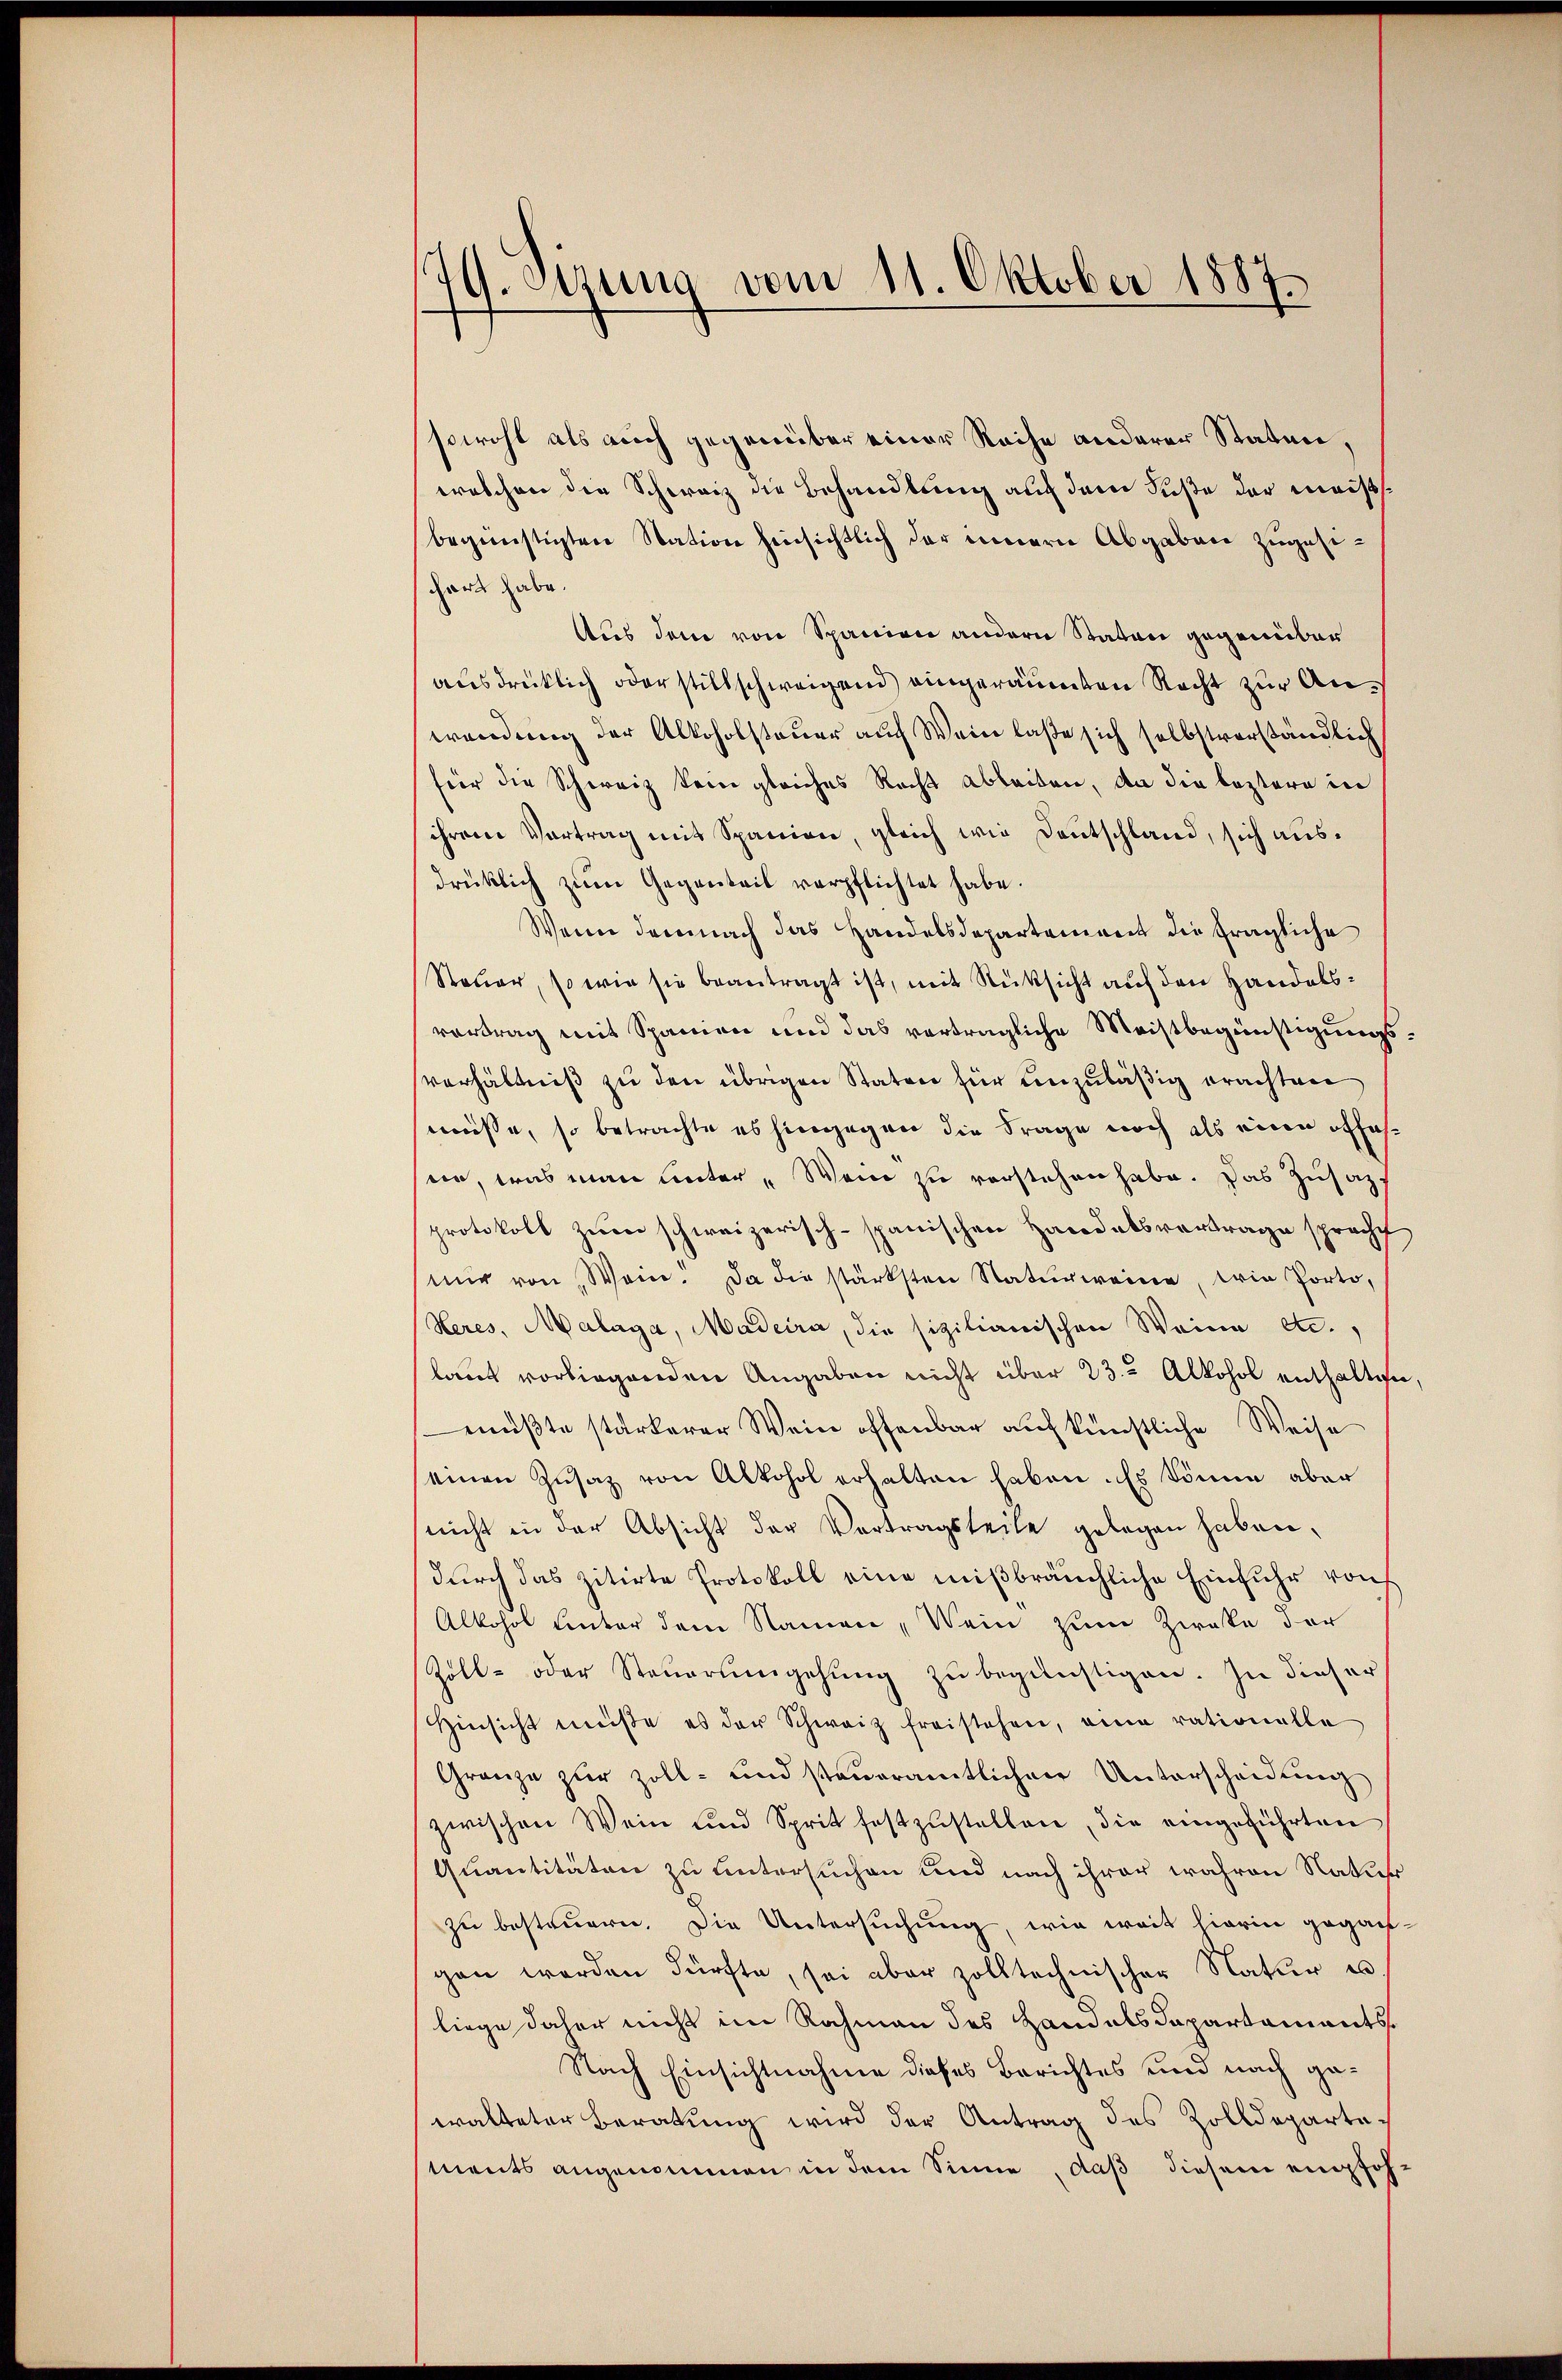
9. Etzung vom 11. Oktober 1887.

sowohl als auch gegenüber einer Reihe anderer Staten,
welchen die Schweiz die Behandlung auf dem Fuße der meissbegünstigten Station hinsichtlich der innern Abgaben zugesihört habe.
Aus dem von Spanien andern Staten gegenüber
ausdrücklich oder stillschweigend eingeräumten Recht zur Anwendung der Alkoholsteuer auf Wein laße sich selbstverständlich
für die Schweiz kein gleiches Recht ableiben, da die leztere in
ihrem Vortrag mit Spanien, gleich wie Deutschland, sich ausdrüklich zum Gegenteil verpflichtet habe.
Wenn demnach das Handelsdepartement die fragliche
Steuer, so wie sie beantragt ist, mit Rücksicht auf den Handelsvortrag mit Spanien und das vorträgliche Meistbegünstigungsverhältniß zu den übrigen Staten für einzuläßig erachten
müsse, so betrachte es hingegen die Frage noch als eine offesein, was man unter „Wenn zu verstehen habe. Das Zusaz.
protokoll zum schweizerisch-spanischen Handelsvertrage spracht
mir von Wein. Da die stärksten Naturweine, wie Porto,
Heres, Malaga, Madeira, die sizilianischen Weine etc.,
laut vorliegenden Angaben nicht über 23. Alkohol enthalten,
müßte stärkerer Wein offenbar auf künstliche Weise
einen Zusatz von Alkohol erhalten haben. Es könne aber
nicht in der Absicht der Vertragsteile gelegen haben.
durch das zitirte Protokoll eine mißbräuchliche Einfuhr von
Alkohol unter dem Namen, Wein zum Zweke der
Zoll- oder Steŭerŭmgehŭng zŭ begünstigen. In dieser
Hinsicht müsse es der Schweiz freistehen, eine rationelle
Gränze zur Zoll- und steŭeramtlichen Unterscheidung
zwischen Wein und Sprit festzŭstellen, die eingeführten
Quantitäten zu untersuchen und nach ihrer wahren Natur
zu besteuern. Die Untersuchung, wie weit hierin gegangen werden dürfte, sei aber zolltechnischer Natur u
liege daher nicht im Rahmann des Handels Dapartaments¬
Nach Einsichtnahme dieses Berichtes und nach gewalteter Beratung wird der Antrag des Zolldepartements angenommen in dem Sinne, daß diesem empfoh¬